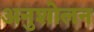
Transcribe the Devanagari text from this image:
अनुशोलन